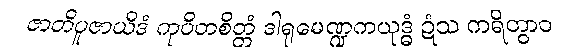
ဇာတိပူဇာယိဒံ ကုပိတစိတ္တံ ဒါရုမေဏ္ဍကယုဒ္ဓံ ဍံသ ကရိတွာဝ